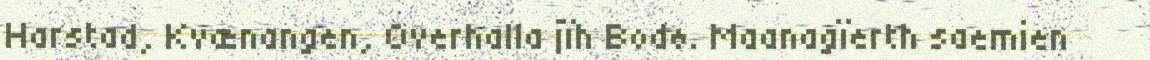
Harstad, Kvænangen, Overhalla jïh Bodø. Maanagïerth saemien